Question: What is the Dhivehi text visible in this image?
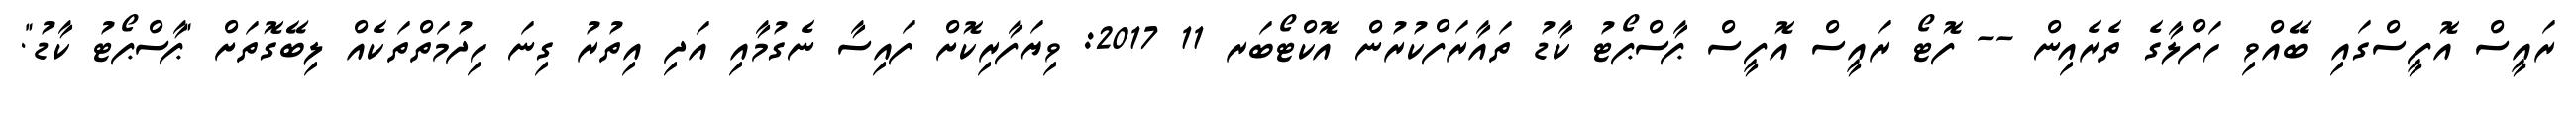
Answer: ރައީސް އޮފީސްގައި ބޭއްވި ހަފްލާގެ ތެރެއިން -- ފޮޓޯ ރައީސް އޮފީސް ޕާސްޕޯޓު ކާޑު ތައާރަފްކުރުން އޮކްޓޯބަރ 11 2017: ވިޔަފާރިކޮށް ފައިސާ ނެގުމާއި އަދި އިތުރު ގިނަ ހިދުމަތްތަކެއް ލިބޭގޮތަށް "ޕާސްޕޯޓު ކާޑު".